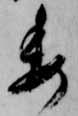
委